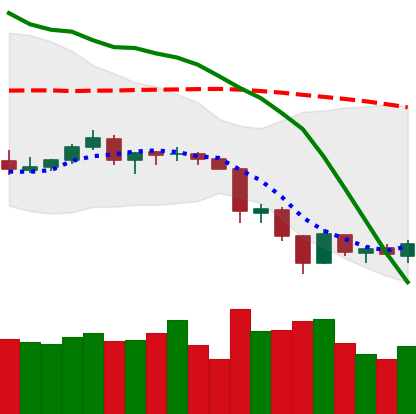
Ticker: LTC-USD
Chart end date: 2018-06-18
Forward return: -16.409%
Label: down_7plus